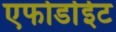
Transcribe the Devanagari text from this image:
एफोर्डाईट